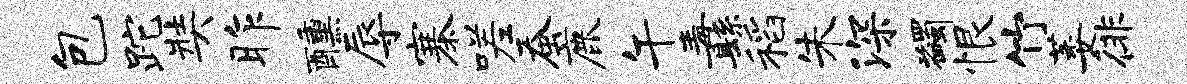
包跎奘昨醺辱寨嗟蚕鹿午纛稻朱深蠲恨竹萎徘